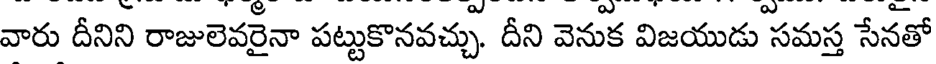
వారు దీనిని రాజులెవరైనా పట్టుకొనవచ్చు. దీని వెనుక విజయుడు సమస్త సేనతో